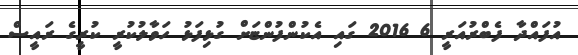
އުފައްދާ ފެބްރުއަރީ 6 2016 ގައި އެކުންފުންޏަށް ގުޅިފަޅު ހަވާލުކުރީ ކުރީގެ ރައީސް